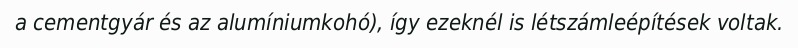
a cementgyár és az alumíniumkohó), így ezeknél is létszámleépítések voltak.